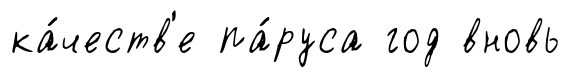
ка́честв'е па́руса год вновь